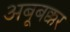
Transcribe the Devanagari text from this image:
अबूबक्कर